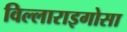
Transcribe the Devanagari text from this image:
विल्लाराइगोसा